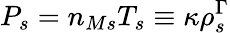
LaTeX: P_{s}=n_{Ms}T_{s}\equiv\kappa\rho_{s}^{\Gamma}